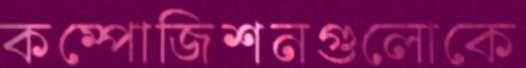
কম্পোজিশনগুলোকে